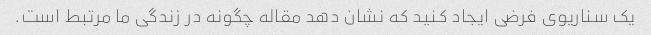
یک سناریوی فرضی ایجاد کنید که نشان دهد مقاله چگونه در زندگی ما مرتبط است.